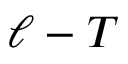
\ell - T